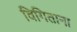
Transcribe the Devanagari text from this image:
विगिताना